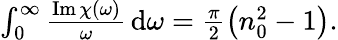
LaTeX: \begin{array}{r}{\int_{0}^{\infty}\frac{\operatorname{Im}\chi(\omega)}{\omega}\, \mathrm{d}\omega=\frac{\pi}{2}\left(n_{0}^{2}-1\right).}\end{array}